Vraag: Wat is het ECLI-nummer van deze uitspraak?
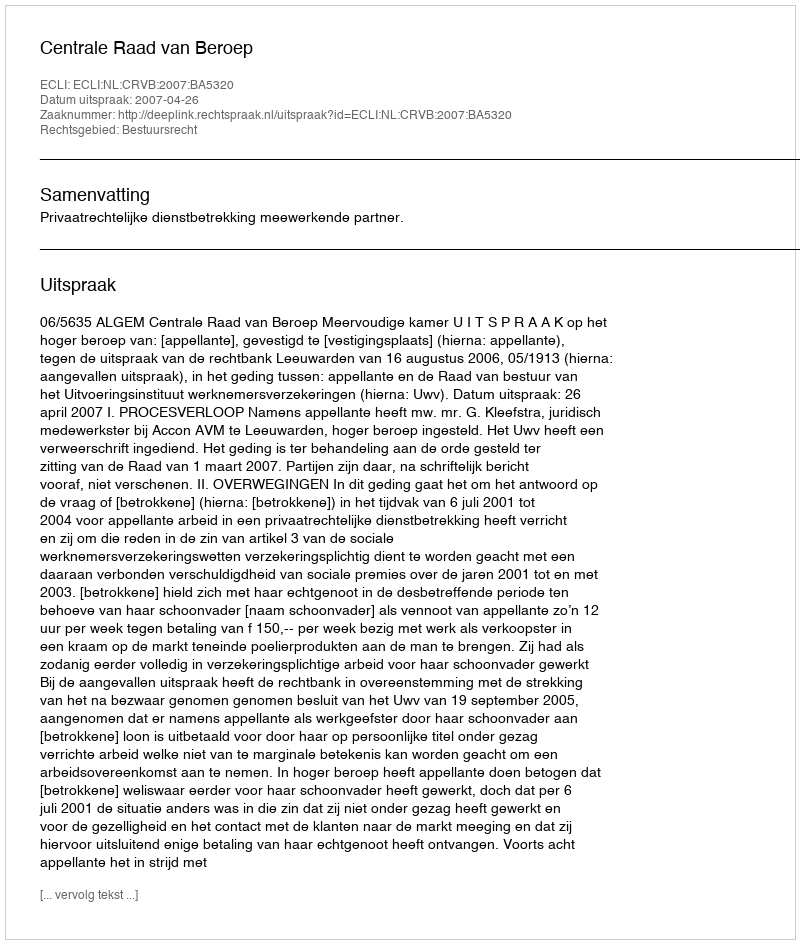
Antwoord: ECLI:NL:CRVB:2007:BA5320